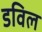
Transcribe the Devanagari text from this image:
डविल